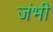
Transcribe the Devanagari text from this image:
जंभी